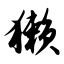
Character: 獭